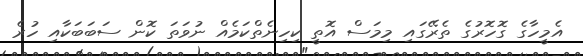
އެމީހާގެ ގޮހޮރުގެ ތެރޭގައި މިމަސް އޮތީ ކިހިނެތްކަމެއް ނުވަތަ ކޮން ސަބަބަކާއި ހުރެ